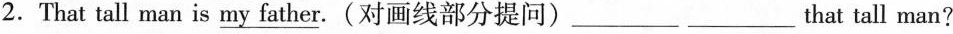
2.That tall man is\underline{myfather} .(对画线部分提问)___ ___that tall man?